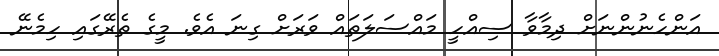
އަންހެނުންނަށް ދިމާވާ ސިއްހީ މައްސަލަތައް ވަރަށް ގިނަ އެވެ. މީގެ ތެރޭގައި ހިމެނޭ